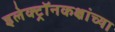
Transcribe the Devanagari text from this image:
इलेक्ट्रॉनकक्षांच्या